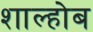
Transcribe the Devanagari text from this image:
शाल्होब